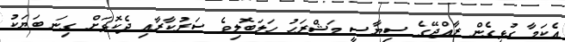
އެކަމާ ގުޅިގެން ރާއްޖޭގެ ސިޔާސީ މަޝްރަހު ހަލަބޮލިވެ ސަރުކާރާއި ދެކޮޅަށް ގިނަ ބަޔަކު